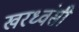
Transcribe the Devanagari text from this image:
खरध्वंसी